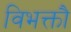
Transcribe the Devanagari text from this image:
विभक्तौ